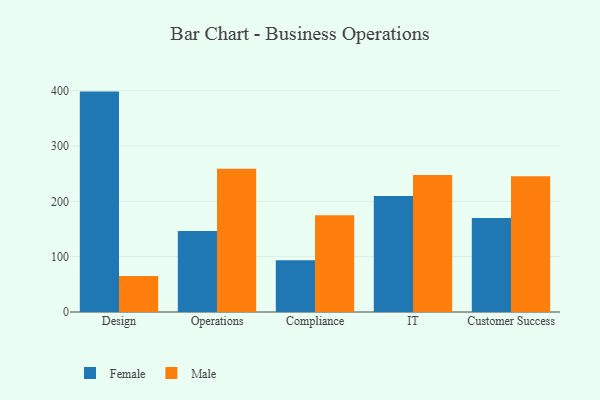
{"axis": {"x": "Department", "y": "Conversion Rate (%)"}, "legend": ["Female", "Male"], "data": [{"x": "Design", "y": 398.2, "type": "Female"}, {"x": "Design", "y": 64.9, "type": "Male"}, {"x": "Operations", "y": 146.3, "type": "Female"}, {"x": "Operations", "y": 258.6, "type": "Male"}, {"x": "Compliance", "y": 93.7, "type": "Female"}, {"x": "Compliance", "y": 174.8, "type": "Male"}, {"x": "IT", "y": 209.8, "type": "Female"}, {"x": "IT", "y": 247.5, "type": "Male"}, {"x": "Customer Success", "y": 169.8, "type": "Female"}, {"x": "Customer Success", "y": 245.4, "type": "Male"}]}